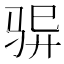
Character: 𮹆